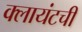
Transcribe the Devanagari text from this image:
क्लायंटची